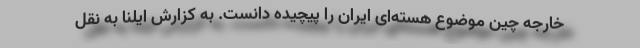
خارجه چین موضوع هسته‌ای ایران را پیچیده دانست. به کزارش ایلنا به نقل